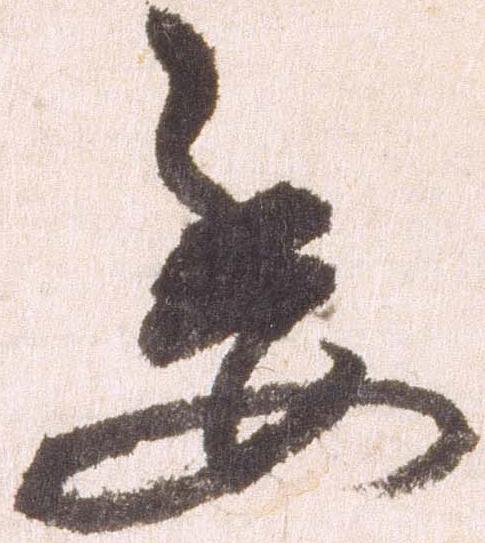
委